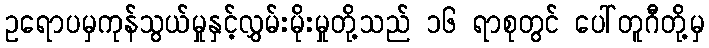
ဥရောပမှကုန်သွယ်မှုနှင့်လွှမ်းမိုးမှုတို့သည် ၁၆ ရာစုတွင် ပေါ်တူဂီတို့မှ